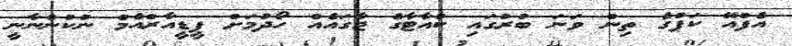
އެފްއޭ ކަޕުގެ ތިން ވަނަ ބުރުގައި ކުއާޓާގެ ޖާގައެއް ހޯދުމަށް ޕީޑީއާރްއެމް ނުކުންނާނީ